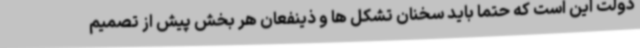
دولت این است که حتماً باید سخنان تشکل ها و ذینفعان هر بخش پیش از تصمیم